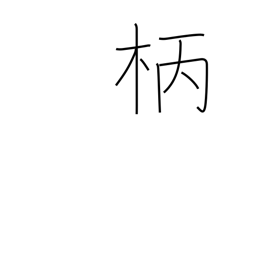
Meaning: shaft